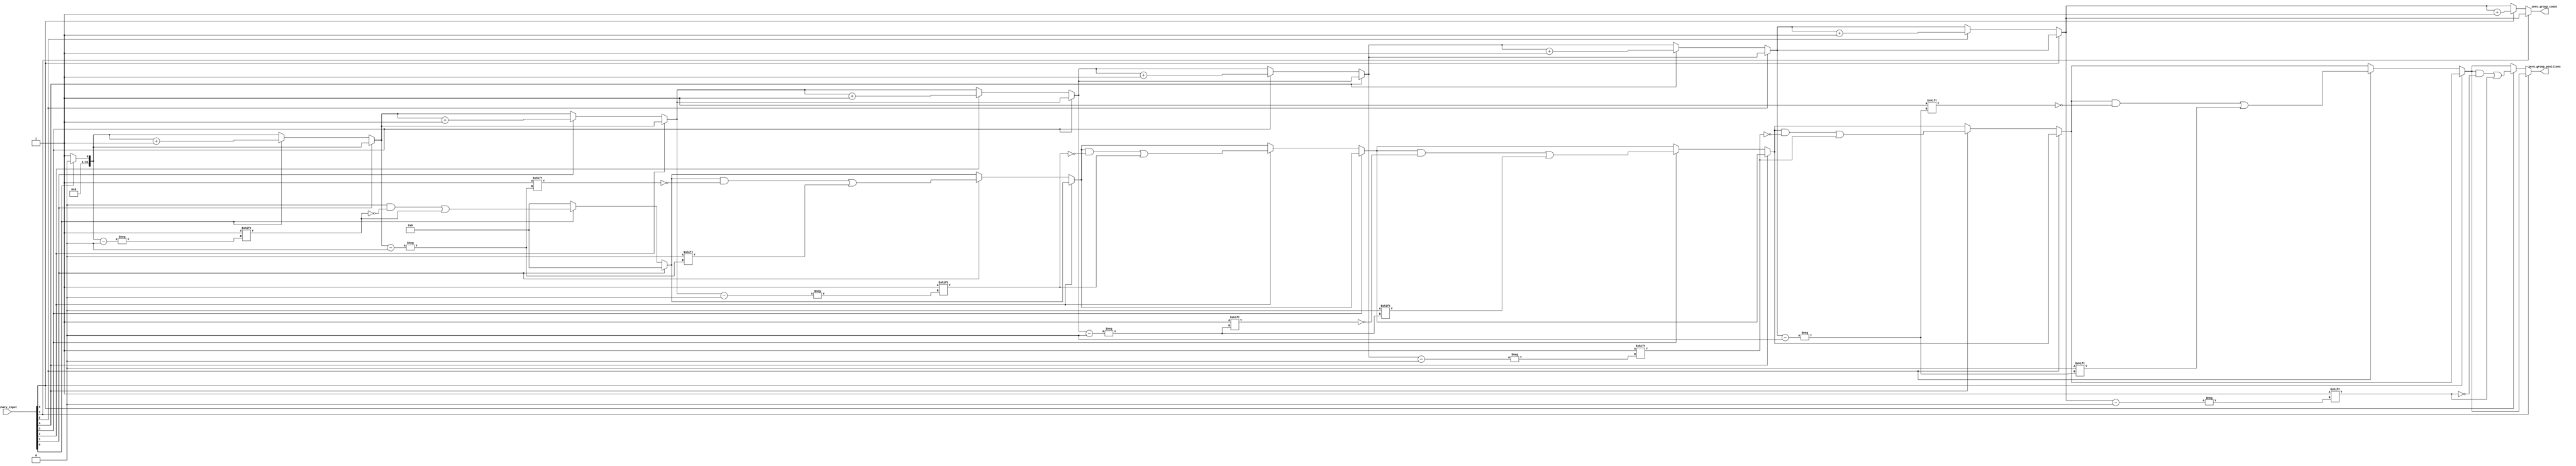
module zero_grouping (
    input  wire [N-1:0] binary_input,  // N-bit binary input vector
    output reg  [31:0] zero_group_count, // Count of zero groups
    output reg  [N-1:0] zero_group_positions // Positions of zero groups
);

parameter N = 8; // Define the size of the input vector (can be changed as needed)

integer i;
reg [N-1:0] temp_positions; // Temporary storage for positions
integer count; // Temporary count for zero groups

always @* begin
    // Initialize outputs
    zero_group_count = 0;
    temp_positions = 0;
    count = 0;

    // Traverse the input vector
    for (i = 0; i < N; i = i + 1) begin
        if (binary_input[i] == 0) begin
            // Check if it's the start of a new group
            if (i == 0 || binary_input[i - 1] == 1) begin
                // Record the position of the new group
                temp_positions[zero_group_count] = i;
                zero_group_count = zero_group_count + 1;
            end
        end
    end

    // Assign the positions to the output
    zero_group_positions = temp_positions;
end

endmodule